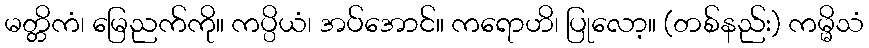
မတ္တိကံ၊ မြေညက်ကို။ ကပ္ပိယံ၊ အပ်အောင်။ ကရောဟိ၊ ပြုလော့။ (တစ်နည်း) ကမ္မိသံ